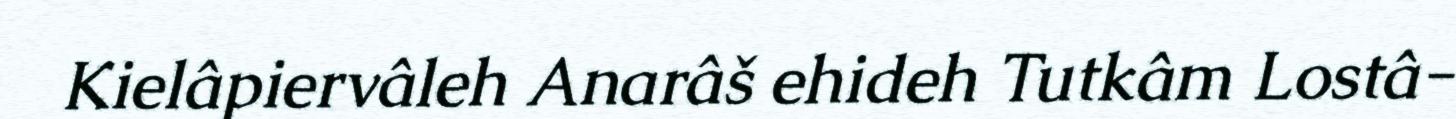
Kielâpiervâleh Anarâš ehideh Tutkâm Lostâ-